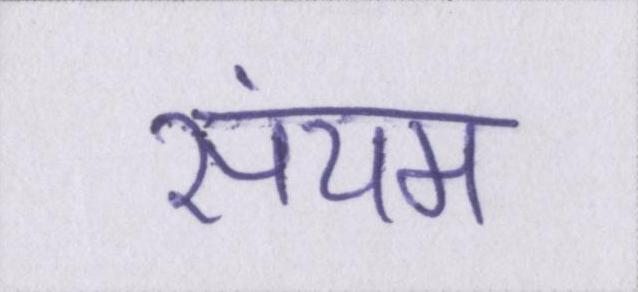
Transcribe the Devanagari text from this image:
संयम